Note on the mental hospitals in Burma - 1925-1940
Year: 1925
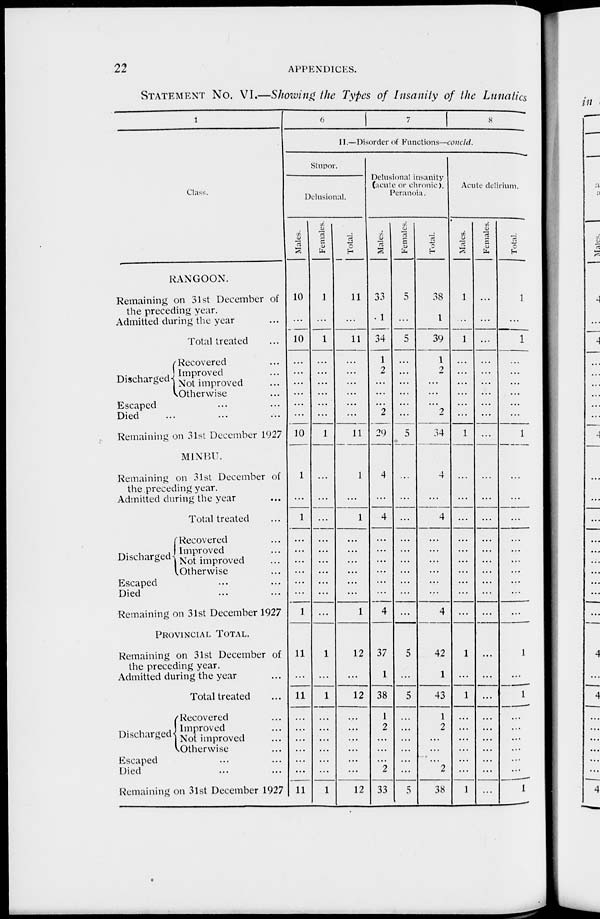
22
APPENDICES.
STATEMENT NO. VI.—Showing the Types of Insanity of the Lunatics
1
Class.
RANGOON.
Remaining on 31st December of
the preceding year.
Admitted during the year ...
Total treated ...
Discharged
Recovered ...
Improved ...
Not improved ...
Otherwise ...
Escaped ... ...
Died ... ... ...
Remaining on 31st December 1927
MINBU.
Remaining on 31st December of
the preceding year.
Admitted during the year ...
Total treated ...
Discharged
Recovered ...
Improved ...
Not improved ...
Otherwise ...
Escaped ... ...
Died ... ... ...
Remaining on 31st December 1927
PROVINCIAL TOTAL.
Remaining on 31st December of
the preceding year.
Admitted during the year ...
Total treated ...
Discharged
Recovered ...
Improved ...
Not improved ...
Otherwise ...
Escaped ... ...
Died ... ... ...
Remaining on 3lst December 1927
6 7
8
II.—Disorder of Functions—concld.
Stupor.
Delusional.
Males.
10
...
10
...
...
...
...
...
...
10
1
...
1
...
...
...
...
...
...
1
11
...
11
...
...
...
...
...
...
11
Females.
1
...
1
...
...
...
...
...
...
1
...
...
...
...
...
...
...
...
...
...
1
...
1
...
...
...
...
...
...
1
Total.
11
...
11
...
...
...
...
...
...
11
1
...
1
...
...
...
...
...
...
1
12
...
12
...
...
...
...
...
...
12
Delusional insanity
(acute or chronic),
Peranoia.
Males.
33
1
34
1
2
...
...
...
2
29
4
...
4
...
...
...
...
...
...
4
37
1
38
1
2
...
...
...
2
33
Females.
5
...
5
...
...
...
...
...
...
5
...
...
...
...
...
...
...
...
...
...
5
...
5
...
...
...
...
...
...
5
Total.
38
1
39
1
2
...
...
...
2
34
4
...
4
...
...
...
...
...
...
4
42
1
43
1
2
...
...
...
2
38
Acute delirium.
Males.
1
...
1
...
...
...
...
...
...
1
...
...
...
...
...
...
...
...
...
...
1
...
1
...
...
...
...
...
...
1
Females.
...
...
...
...
...
...
...
...
...
...
...
...
...
...
...
...
...
...
...
...
...
...
...
...
...
...
...
...
...
...
Total.
1
...
1
...
...
...
...
...
...
1
...
...
...
...
...
...
...
...
...
...
1
...
1
...
...
...
...
...
...
1